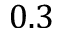
0 . 3